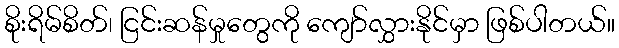
စိုးရိမ်စိတ်၊ ငြင်းဆန်မှုတွေကို ကျော်လွှားနိုင်မှာ ဖြစ်ပါတယ်။